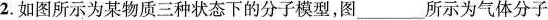
2.如图所示为某物质三种状态下的分子模型，图___所示为气体分子